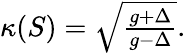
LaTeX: \begin{array}{r}{\kappa(S)=\sqrt{\frac{g+\Delta}{g-\Delta}}.}\end{array}